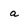
Character: a